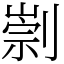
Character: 㓽